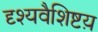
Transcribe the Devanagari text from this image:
दृश्यवैशिष्टय़